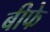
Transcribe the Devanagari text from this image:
बीफे